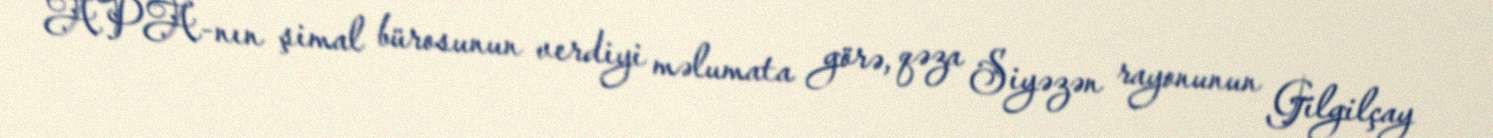
APA-nın şimal bürosunun verdiyi məlumata görə, qəza Siyəzən rayonunun Gilgilçay